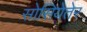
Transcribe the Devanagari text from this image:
सोसियेतेर